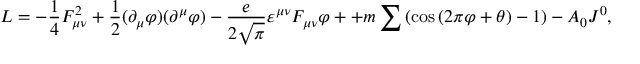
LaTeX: { \cal L } = - \frac { 1 } { 4 } F _ { \mu \nu } ^ { 2 } + \frac { 1 } { 2 } ( \partial _ { \mu } \varphi ) ( \partial ^ { \mu } \varphi ) - \frac { e } { { 2 \sqrt \pi } } \varepsilon ^ { \mu \nu } F _ { \mu \nu } \varphi + + m \sum \left( { \cos \left( { 2 \pi \varphi + \theta } \right) - 1 } \right) - A _ { 0 } J ^ { 0 } ,